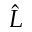
\hat { L }